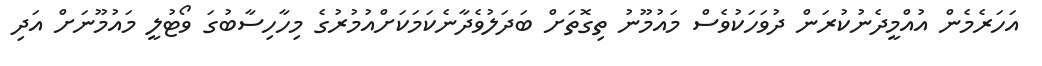
އަހަރެމެން އުއްމީދެނުކުރަން ދުވަހަކުވެސް މައުމޫނު ތިގޮތަށް ބަދަލުވެދާނެކަމަކަށްއުމުރުގެ މިހާހިސާބުގަ ވޯޓުލީ މައުމޫނަށް އަދި